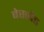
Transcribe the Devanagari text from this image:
बेसबैड